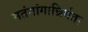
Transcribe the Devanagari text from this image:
मतंगांगान्निर्गता